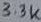
Text: 3.3K